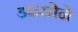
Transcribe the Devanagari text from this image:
डपसोने